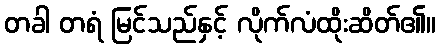
တခါ တရံ မြင်သည်နှင့် လိုက်လံထိုးဆိတ်၏။